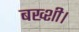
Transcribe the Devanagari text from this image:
बख्शी।